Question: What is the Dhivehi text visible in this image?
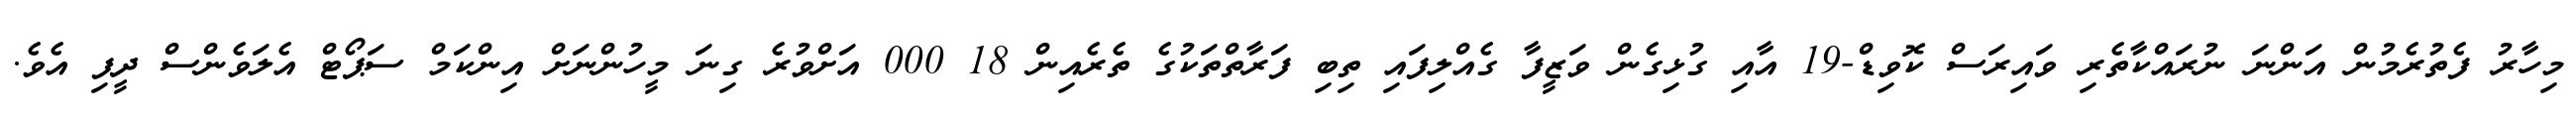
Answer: މިހާރު ފެތުރެމުން އަންނަ ނުރައްކާތެރި ވައިރަސް ކޮވިޑް-19 އާއި ގުޅިގެން ވަޒީފާ ގެއްލިފައި ތިބި ފަރާތްތަކުގެ ތެރެއިން 18 000 އަށްވުރެ ގިނަ މީހުންނަށް އިންކަމް ސަޕޯޓް އެލަވެންސް ދީފި އެވެ.